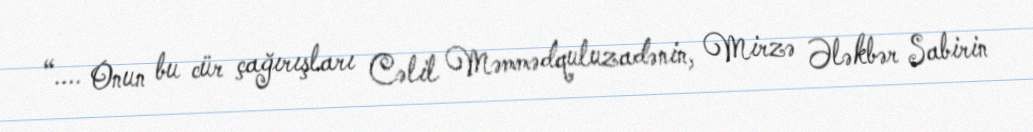
“.... Onun bu cür çağırışları Cəlil Məmmədquluzadənin, Mirzə Ələkbər Sabirin